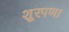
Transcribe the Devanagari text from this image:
शूरपणा